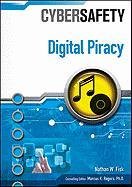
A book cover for Digital Piracy (Cybersafety); Nathan W. Fisk; Children's Books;